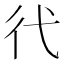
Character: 𢓀